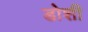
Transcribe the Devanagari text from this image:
डोशी